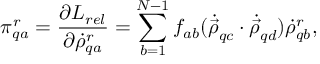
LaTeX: \pi _ { q a } ^ { r } = { \frac { \partial L _ { r e l } } { \partial { \dot { \rho } } _ { q a } ^ { r } } } = \sum _ { b = 1 } ^ { N - 1 } f _ { a b } ( { \dot { \vec { \rho } } } _ { q c } \cdot { \dot { \vec { \rho } } } _ { q d } ) { \dot { \rho } } _ { q b } ^ { r } ,